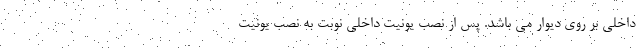
داخلی بر روی دیوار می باشد. پس از نصب یونیت داخلی نوبت به نصب یونیت